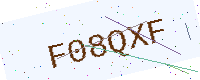
Text: F08QXF